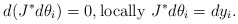
\begin{align*}d(J^*d\theta_i)=0,\mbox{locally } J^*d\theta_i=dy_i.\end{align*}